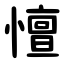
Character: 憻